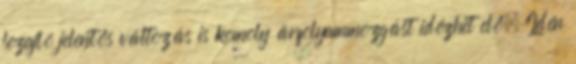
lezajló jelentős változás is komoly árfolyammozgást idézhet elő. Idén